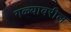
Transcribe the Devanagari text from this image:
गळ्यावरील